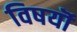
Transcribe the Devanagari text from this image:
विषयॊं